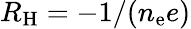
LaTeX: R_{\mathrm{H}}=-1/(n_{\mathrm{e}}e)